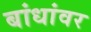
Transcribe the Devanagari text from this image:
बांधांवर